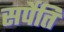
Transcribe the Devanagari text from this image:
सर्पेति